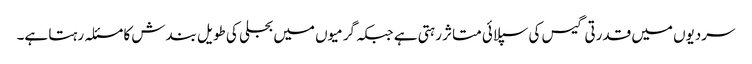
سردیوں میں قدرتی گیس کی سپلائی متاثر رہتی ہے جبکہ گرمیوں میں بجلی کی طویل بندش کا مسئلہ رہتا ہے۔